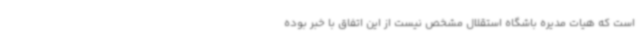
است که هیات مدیره باشگاه استقلال مشخص نیست از این اتفاق با خبر بوده